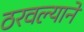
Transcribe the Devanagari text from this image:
ठरवल्याने